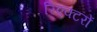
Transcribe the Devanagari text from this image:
रिएक्‍टरों